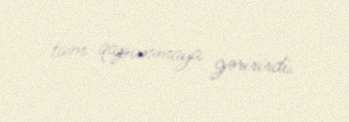
tam qapanmaya gəririrdi.